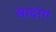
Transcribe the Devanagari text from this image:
सादांग